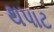
થપાટ